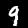
Digit: 9